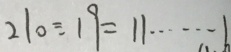
2 1 0 \div 1 9 = 1 1 \cdots 1